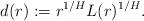
LaTeX: \begin{align*} d(r):= r^{1/H} L(r)^{1/H}.\end{align*}